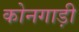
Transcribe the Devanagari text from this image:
कोनगाड़ी